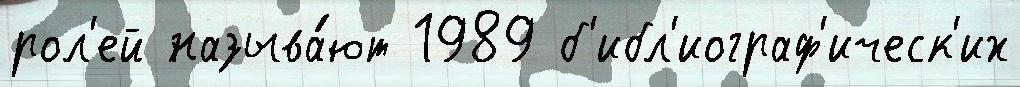
рол'ей называ́ют 1989 б'ибл'иограф'ическ'их